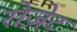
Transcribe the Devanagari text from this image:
रोजे़ट